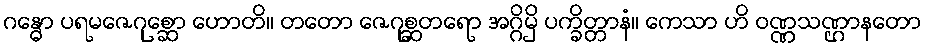
ဂန္ဓော ပရမဇေဂုစ္ဆော ဟောတိ။ တတော ဇေဂုစ္ဆတရော အဂ္ဂိမှိ ပက္ခိတ္တာနံ။ ကေသာ ဟိ ဝဏ္ဏသဏ္ဌာနတော